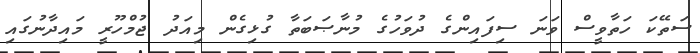
ސަތޭކަ ހަތާވީސް ވަނަ ސިފައިންގެ ދުވަހުގެ މުނާޞަބަތާ ގުޅިގެން މިއަދު ޖުމްހޫރީ މައިދާނުގައި